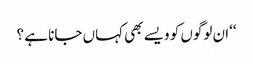
‘‘ان لوگوں کو ویسے بھی کہاں جانا ہے ؟